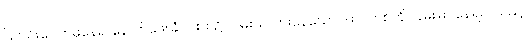
ပြတင်းပေါက်မှနေ၍ နောက်ဖေးခြံဝင်းထဲ၌ လမ်းသလားနေသော ဒါးလက်စ်ကို လှမ်းမြင်နေရပါ သည်။